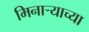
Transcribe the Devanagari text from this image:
मिनार्‍याच्या